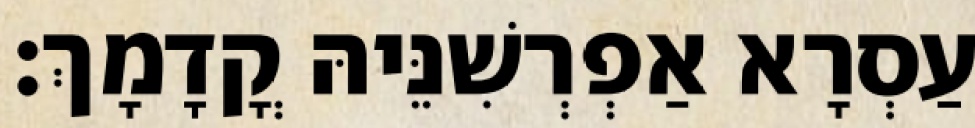
עַסְרָא אַפְרְשִׁנֵּיהּ קֳדָמָךְ׃